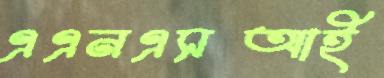
এএনএসআই